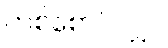
တစ်စောင်လျှင်